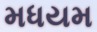
મધયમ